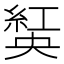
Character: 𦁾